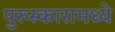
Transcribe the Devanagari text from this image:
पुरुस्कारामध्ये